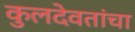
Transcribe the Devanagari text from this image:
कुलदेवतांचा